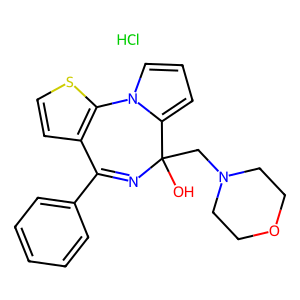
SMILES: Cl.OC1(CN2CCOCC2)N=C(c2ccccc2)c2ccsc2-n2cccc21
Inhibits HIV replication: No